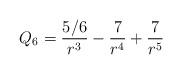
LaTeX: \begin{align*}Q_6=\frac{5/6}{ r^3}-\frac{7}{ r^4}+\frac{7}{ r^5}\end{align*}